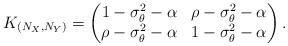
LaTeX: \begin{align*}K_{(N_X,N_Y)}=\begin{pmatrix}1 -\sigma^2_{\theta} -\alpha & \rho-\sigma^2_{\theta} -\alpha \\\rho -\sigma^2_{\theta} -\alpha & 1 -\sigma^2_{\theta} -\alpha\end{pmatrix}.\end{align*}